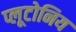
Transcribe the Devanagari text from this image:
प्लूटोनिय